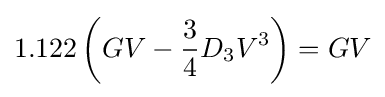
1.122\left(GV-{\frac {3}{4}}D_{3}V^{3}\right)=GV